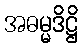
အဓမ္မဒိဋ္ဌိ